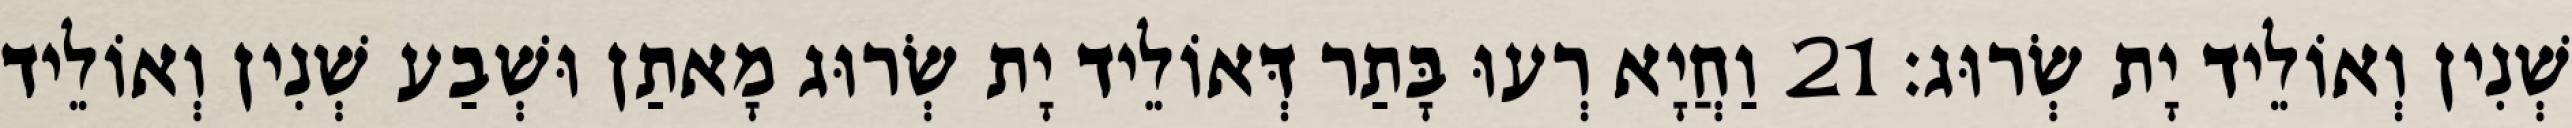
שְׁנִין וְאוֹלֵיד יָת שְׂרוּג׃ 21 וַחֲיָא רְעוּ בָּתַר דְּאוֹלֵיד יָת שְׂרוּג מָאתַן וּשְׁבַע שְׁנִין וְאוֹלֵיד